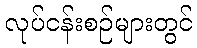
လုပ်ငန်းစဉ်များတွင်